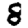
Digit: 8